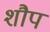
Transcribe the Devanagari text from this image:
शौप